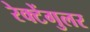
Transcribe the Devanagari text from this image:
रेक्टेंगुलर